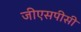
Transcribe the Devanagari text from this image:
जीएसपीसी